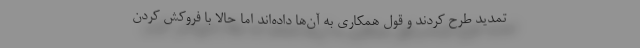
تمدید طرح کردند و قول همکاری به آن‌ها داده‌اند اما حالا با فروکش کردن